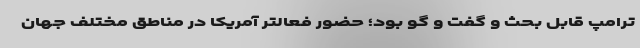
ترامپ قابل بحث و گفت و گو بود؛ حضور فعالتر آمریکا در مناطق مختلف جهان